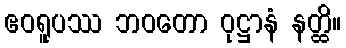
ဧဝရူပဿ ဘဝတော ဝုဋ္ဌာနံ နတ္ထိ။